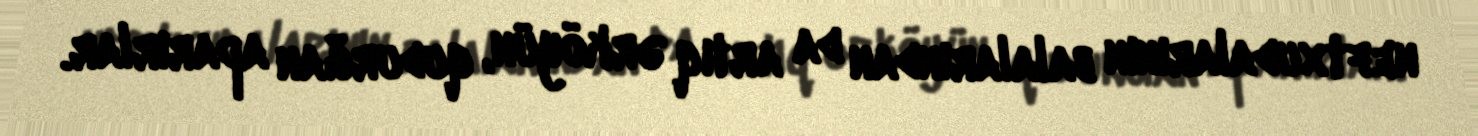
neftxudalarının balalarından da artıq ərköyün, qudurğan aparırlar.